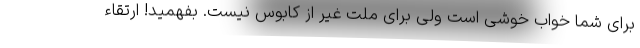
برای شما خواب خوشی است ولی برای ملت غیر از کابوس نیست. بفهمید! ارتقاء